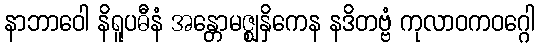
နာဘာဝေါ နိရူပဓီနံ အန္တောမဇ္ဈနှိကေန နဒိတဗ္ဗံ ကုလာဝကဝဂ္ဂေါ